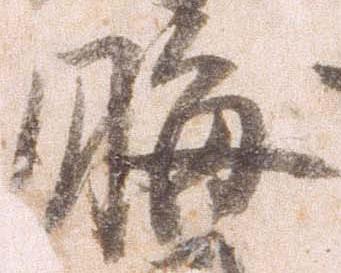
晦